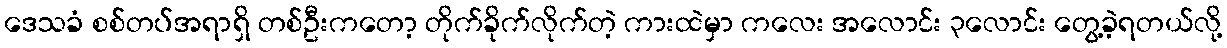
ဒေသခံ စစ်တပ်အရာရှိ တစ်ဦးကတော့ တိုက်ခိုက်လိုက်တဲ့ ကားထဲမှာ ကလေး အလောင်း ၃လောင်း တွေ့ခဲ့ရတယ်လို့